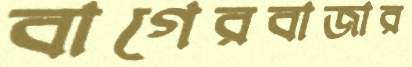
বাগেরবাজার